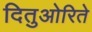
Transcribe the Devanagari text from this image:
दितुओरिते